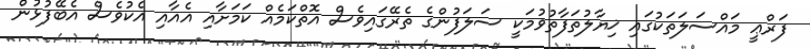
ފަރްޢީ މައްސަލަތަކުގައި ޚިޔާލުތަފާތުވުމަކީ ސަލަފުންގެ ތެރޭގައިވެސް އޮތްކަމެއް ކަމަށާއި އެއާއި އެކުވެސް އެބޭފުޅުން